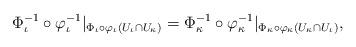
LaTeX: \begin{align*}\Phi_\iota^{-1}\circ\varphi_\iota^{-1}|_{\Phi_\iota\circ\varphi_\iota(U_\iota\cap U_\kappa)}=\Phi_\kappa^{-1}\circ\varphi_\kappa^{-1}|_{\Phi_\kappa\circ\varphi_\kappa(U_\kappa\cap U_\iota)},\end{align*}